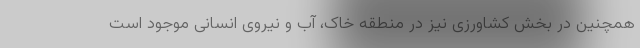
همچنین در بخش کشاورزی نیز در منطقه خاک، آب و نیروی انسانی موجود است